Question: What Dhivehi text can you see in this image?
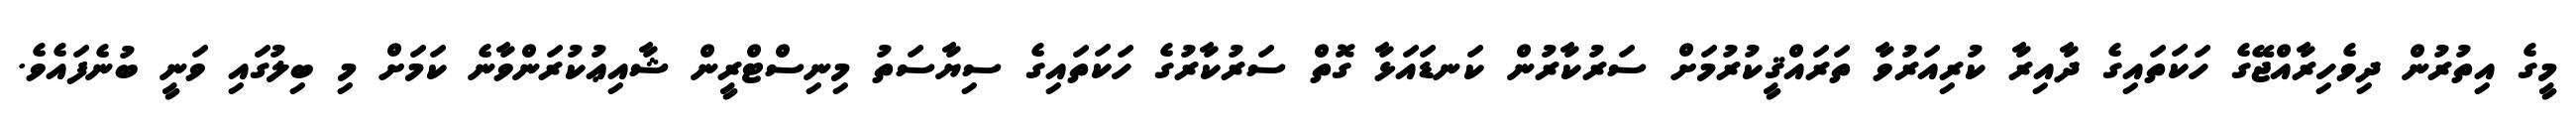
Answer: މީގެ އިތުރުން ދިވެހިރާއްޖޭގެ ހަކަތައިގެ ދާއިރާ ކުރިއަރުވާ ތަރައްޤީކުރުމަށް ސަރުކާރުން ކަނޑައަޅާ ގޮތް ސަރުކާރުގެ ހަކަތައިގެ ސިޔާސަތު މިނިސްޓްރީން ޝާއިޢުކުރަންވާނެ ކަމަށް މި ބިލުގައި ވަނީ ބުނެފައެވެ.